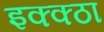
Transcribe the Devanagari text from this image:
इक्क्ठा